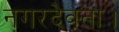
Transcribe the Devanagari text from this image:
नगरदेवता।